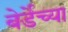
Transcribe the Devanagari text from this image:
बेर्डेच्या